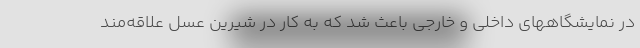
در نمایشگاههای داخلی و خارجی باعث شد که به کار در شیرین عسل علاقه‌مند